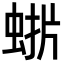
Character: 𮔋